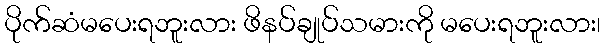
ပိုက်ဆံမပေးရဘူးလား ဖိနပ်ချုပ်သမားကို မပေးရဘူးလား၊